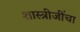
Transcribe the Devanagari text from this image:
शास्त्रीजींचा